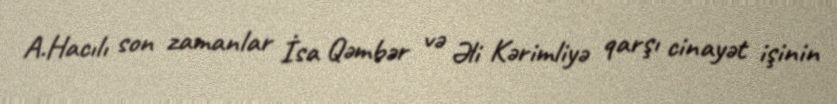
A.Hacılı son zamanlar İsa Qəmbər və Əli Kərimliyə qarşı cinayət işinin